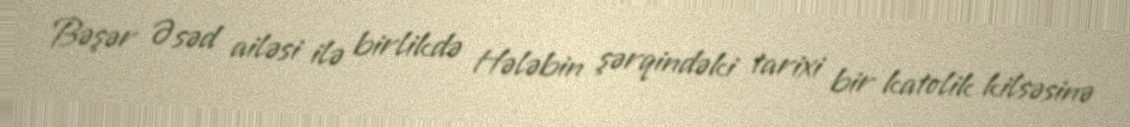
Bəşər Əsəd ailəsi ilə birlikdə Hələbin şərqindəki tarixi bir katolik kilsəsinə